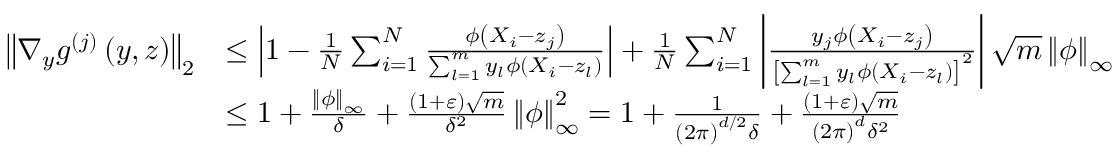
\begin{array} { r l } { \left\Vert \nabla _ { y } g ^ { ( j ) } \left( y , z \right) \right\Vert _ { 2 } } & { \leq \left| 1 - \frac { 1 } { N } \sum _ { i = 1 } ^ { N } \frac { \phi \left( X _ { i } - z _ { j } \right) } { \sum _ { l = 1 } ^ { m } y _ { l } \phi \left( X _ { i } - z _ { l } \right) } \right| + \frac { 1 } { N } \sum _ { i = 1 } ^ { N } \left| \frac { y _ { j } \phi \left( X _ { i } - z _ { j } \right) } { \left[ \sum _ { l = 1 } ^ { m } y _ { l } \phi \left( X _ { i } - z _ { l } \right) \right] ^ { 2 } } \right| \sqrt { m } \left\Vert \phi \right\Vert _ { \infty } } \\ & { \leq 1 + \frac { \left\Vert \phi \right\Vert _ { \infty } } { \delta } + \frac { \left( 1 + \varepsilon \right) \sqrt { m } } { \delta ^ { 2 } } \left\Vert \phi \right\Vert _ { \infty } ^ { 2 } = 1 + \frac { 1 } { \left( 2 \pi \right) ^ { d / 2 } \delta } + \frac { \left( 1 + \varepsilon \right) \sqrt { m } } { \left( 2 \pi \right) ^ { d } \delta ^ { 2 } } } \end{array}